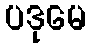
ပဒုမေ